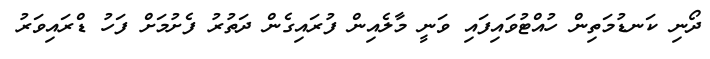
ދޯނި ކަނޑުމަތިން ހުއްޓުވައިފައި ވަނީ މާލެއިން ފުރައިގެން ދަތުރު ފެށުމަށް ފަހު ޑްރައިވަރު